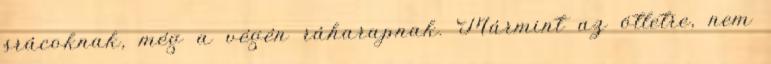
srácoknak, még a végén ráharapnak. Mármint az ötletre, nem